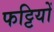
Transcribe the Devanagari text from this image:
फट्टियों